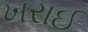
ખરાઈ